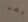
بعد